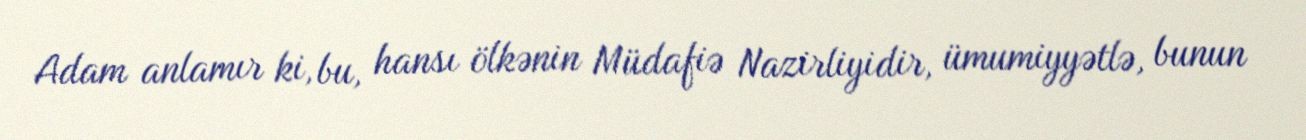
Adam anlamır ki, bu, hansı ölkənin Müdafiə Nazirliyidir, ümumiyyətlə, bunun